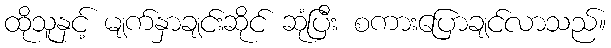
ထိုသူနှင့် မျက်နှာချင်းဆိုင် ဆုံပြီး စကားပြောချင်လာသည်။